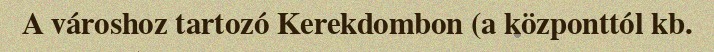
A városhoz tartozó Kerekdombon (a központtól kb.